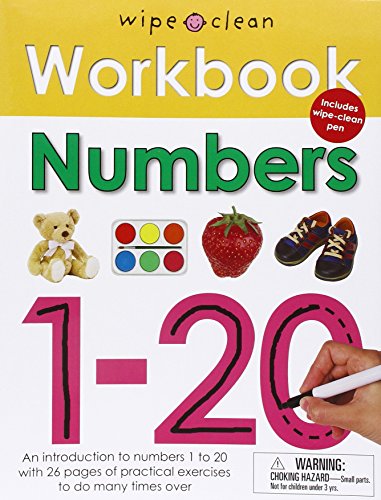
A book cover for Wipe Clean Workbook Numbers 1-20; Roger Priddy; Children's Books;